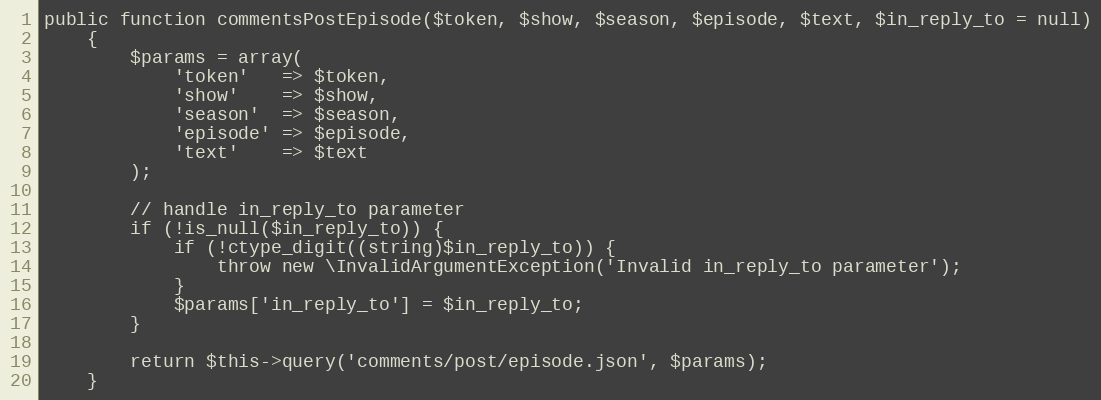
Language: PHP
public function commentsPostEpisode($token, $show, $season, $episode, $text, $in_reply_to = null)
    {
        $params = array(
            'token'   => $token,
            'show'    => $show,
            'season'  => $season,
            'episode' => $episode,
            'text'    => $text
        );

        // handle in_reply_to parameter
        if (!is_null($in_reply_to)) {
            if (!ctype_digit((string)$in_reply_to)) {
                throw new \InvalidArgumentException('Invalid in_reply_to parameter');
            }
            $params['in_reply_to'] = $in_reply_to;
        }

        return $this->query('comments/post/episode.json', $params);
    }